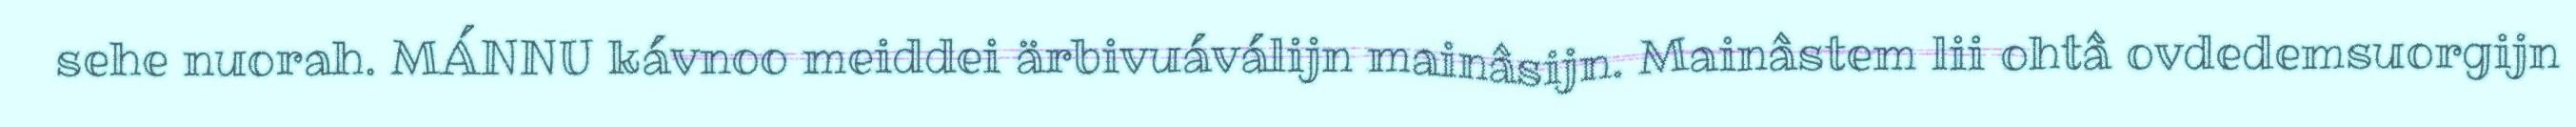
sehe nuorah. MÁNNU kávnoo meiddei ärbivuáválijn mainâsijn. Mainâstem lii ohtâ ovdedemsuorgijn